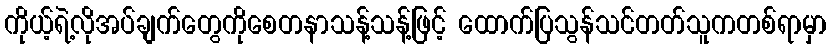
ကိုယ့်ရဲ့လိုအပ်ချက်တွေကိုစေတနာသန့်သန့်ဖြင့် ထောက်ပြသွန်သင်တတ်သူကတစ်ရာမှာ